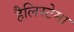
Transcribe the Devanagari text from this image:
हैलिस्टेमा